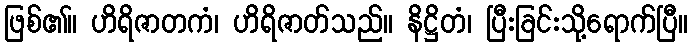
ဖြစ်၏။ ဟိရိဇာတကံ၊ ဟိရိဇာတ်သည်။ နိဋ္ဌိတံ၊ ပြီးခြင်းသို့ရောက်ပြီ။